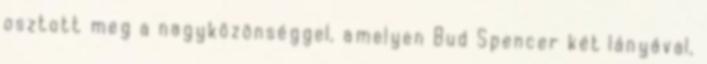
osztott meg a nagyközönséggel, amelyen Bud Spencer két lányával,